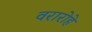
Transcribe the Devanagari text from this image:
वरारोहे